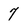
Character: 7